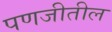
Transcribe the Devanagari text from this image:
पणजीतील